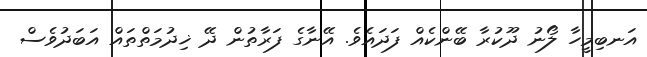
އަނބިމީހާ ލޯނު ދޫކުރާ ބޭންކެއް ފަދައެވެ. އޭނާގެ ފަރާތުން ދޭ ޚިދުމަތްތައް އަބަދުވެސް